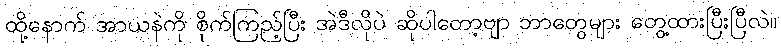
ထို့နောက် အာယနဲကို စိုက်ကြည့်ပြီး အဲဒီလိုပဲ ဆိုပါတော့ဗျာ ဘာတွေများ တွေ့ထားပြီးပြီလဲ။